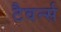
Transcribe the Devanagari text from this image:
टैवर्न्स